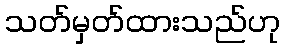
သတ်မှတ်ထားသည်ဟု